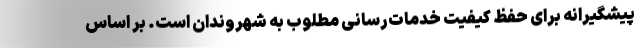
پیشگیرانه برای حفظ کیفیت خدمات‌رسانی مطلوب به شهروندان است. بر اساس